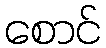
စောင်